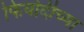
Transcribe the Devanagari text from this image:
फिर्यादीच्या